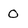
Character: 0